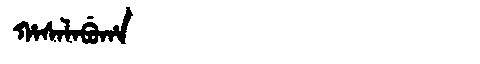
Manchu: ᡥᠠᠰᠠᠯᠠᠪᡠᡥᠠ
Romanization: HASALABUHA